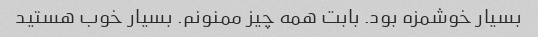
بسیار خوشمزه بود. بابت همه چیز ممنونم. بسیار خوب هستید